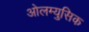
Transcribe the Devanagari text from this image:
ओलम्युसिक